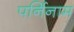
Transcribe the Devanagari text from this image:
पर्निनाम